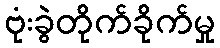
ဗုံးခွဲတိုက်ခိုက်မှု